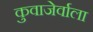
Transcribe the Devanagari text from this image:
कुवाजेर्वाला